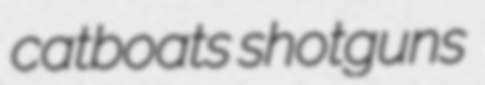
catboats shotguns